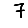
Digit: 7